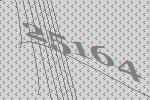
25164